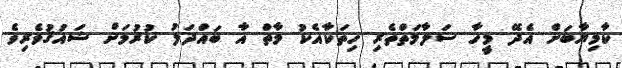
ކާމިޔާބަށް އެދޭ މީހާ ސަލާމަތްތެރި ހިތަކާއެކު މާތް އާ ބައްދަލު ކުރުމަށް ޝައުޤުވެރިވެ